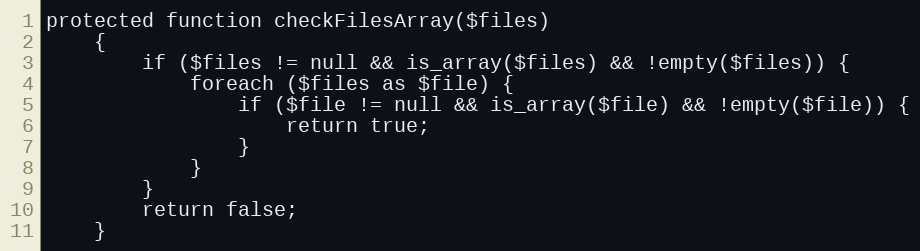
Language: PHP
protected function checkFilesArray($files)
    {
        if ($files != null && is_array($files) && !empty($files)) {
            foreach ($files as $file) {
                if ($file != null && is_array($file) && !empty($file)) {
                    return true;
                }
            }
        }
        return false;
    }